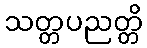
သတ္တပညတ္တိ